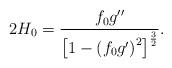
LaTeX: \begin{align*}2H_{0}=\frac{f_{0}g^{\prime \prime }}{\left[ 1-\left( f_{0}g^{\prime }\right)^{2}\right] ^{\frac{3}{2}}}. \end{align*}